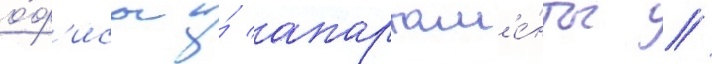
о́ф'исы и́ апартам'е́нты //